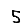
Digit: 5